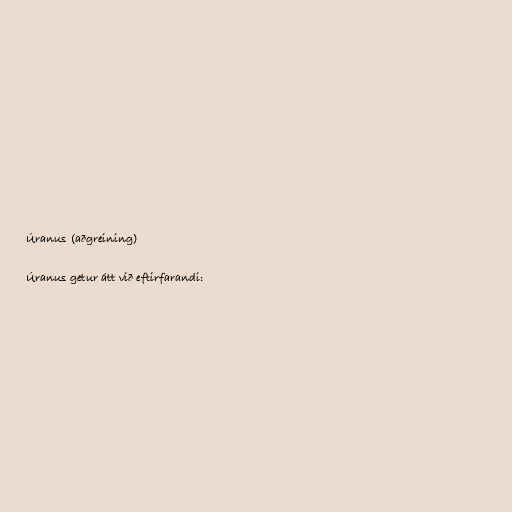
Úranus (aðgreining)

Úranus getur átt við eftirfarandi: